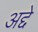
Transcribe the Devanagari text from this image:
अद्दे